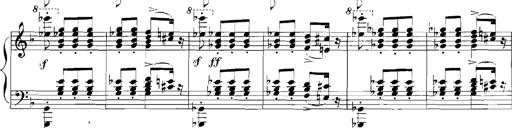
Title: Rhapsodies hongroises
Composer: Franz Liszt